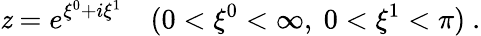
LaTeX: \mathit{z}=e^{\xi^{0}+i\xi^{1}}\ \ \ \ (0<\xi^{0}<\infty,\ 0<\xi^{1}<\pi)\ .